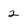
Character: 2